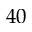
4 0